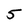
Character: 5